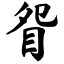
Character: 眢